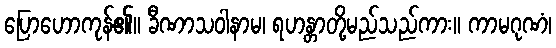
ပြောဟောကုန်၏။ ခီဏာသဝါနာမ၊ ရဟန္တာတို့မည်သည်ကား။ ကာမဂုဏံ၊